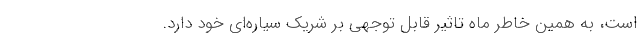
است، به همین خاطر ماه تاثیر قابل توجهی بر شریک سیاره‌ای خود دارد.